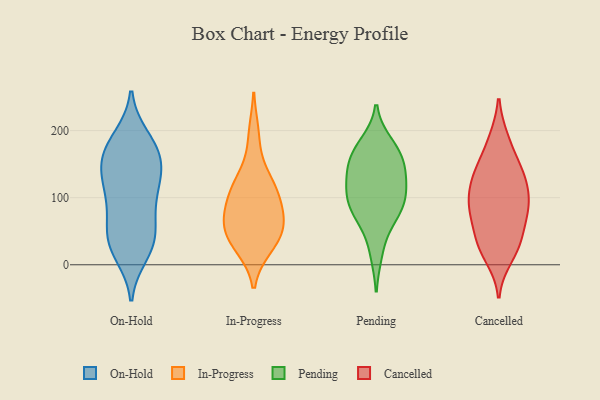
{"axis": {"x": "Production Output", "y": "Value"}, "legend": ["Cancelled", "In-Progress", "On-Hold", "Pending"], "data": [{"x": "", "y": 137, "type": "On-Hold"}, {"x": "", "y": 55, "type": "On-Hold"}, {"x": "", "y": 16, "type": "On-Hold"}, {"x": "", "y": 139, "type": "On-Hold"}, {"x": "", "y": 172, "type": "On-Hold"}, {"x": "", "y": 185, "type": "On-Hold"}, {"x": "", "y": 80, "type": "On-Hold"}, {"x": "", "y": 42, "type": "On-Hold"}, {"x": "", "y": 105, "type": "On-Hold"}, {"x": "", "y": 37, "type": "On-Hold"}, {"x": "", "y": 26, "type": "On-Hold"}, {"x": "", "y": 83, "type": "On-Hold"}, {"x": "", "y": 161, "type": "On-Hold"}, {"x": "", "y": 123, "type": "On-Hold"}, {"x": "", "y": 151, "type": "On-Hold"}, {"x": "", "y": 116, "type": "On-Hold"}, {"x": "", "y": 28, "type": "On-Hold"}, {"x": "", "y": 169, "type": "On-Hold"}, {"x": "", "y": 189, "type": "On-Hold"}, {"x": "", "y": 30, "type": "In-Progress"}, {"x": "", "y": 73, "type": "In-Progress"}, {"x": "", "y": 56, "type": "In-Progress"}, {"x": "", "y": 28, "type": "In-Progress"}, {"x": "", "y": 194, "type": "In-Progress"}, {"x": "", "y": 80, "type": "In-Progress"}, {"x": "", "y": 98, "type": "In-Progress"}, {"x": "", "y": 49, "type": "In-Progress"}, {"x": "", "y": 51, "type": "In-Progress"}, {"x": "", "y": 126, "type": "In-Progress"}, {"x": "", "y": 107, "type": "In-Progress"}, {"x": "", "y": 126, "type": "In-Progress"}, {"x": "", "y": 81, "type": "Pending"}, {"x": "", "y": 179, "type": "Pending"}, {"x": "", "y": 87, "type": "Pending"}, {"x": "", "y": 19, "type": "Pending"}, {"x": "", "y": 115, "type": "Pending"}, {"x": "", "y": 160, "type": "Pending"}, {"x": "", "y": 137, "type": "Pending"}, {"x": "", "y": 110, "type": "Pending"}, {"x": "", "y": 157, "type": "Pending"}, {"x": "", "y": 129, "type": "Pending"}, {"x": "", "y": 89, "type": "Pending"}, {"x": "", "y": 67, "type": "Pending"}, {"x": "", "y": 170, "type": "Pending"}, {"x": "", "y": 38, "type": "Cancelled"}, {"x": "", "y": 134, "type": "Cancelled"}, {"x": "", "y": 59, "type": "Cancelled"}, {"x": "", "y": 112, "type": "Cancelled"}, {"x": "", "y": 186, "type": "Cancelled"}, {"x": "", "y": 85, "type": "Cancelled"}, {"x": "", "y": 81, "type": "Cancelled"}, {"x": "", "y": 12, "type": "Cancelled"}, {"x": "", "y": 28, "type": "Cancelled"}, {"x": "", "y": 25, "type": "Cancelled"}, {"x": "", "y": 140, "type": "Cancelled"}, {"x": "", "y": 123, "type": "Cancelled"}, {"x": "", "y": 103, "type": "Cancelled"}, {"x": "", "y": 146, "type": "Cancelled"}, {"x": "", "y": 186, "type": "Cancelled"}, {"x": "", "y": 30, "type": "Cancelled"}, {"x": "", "y": 140, "type": "Cancelled"}, {"x": "", "y": 85, "type": "Cancelled"}, {"x": "", "y": 89, "type": "Cancelled"}, {"x": "", "y": 77, "type": "Cancelled"}]}